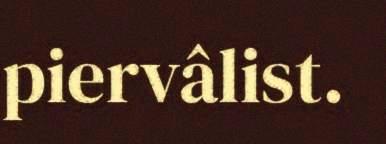
piervâlist.